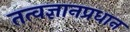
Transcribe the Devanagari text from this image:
तत्वज्ञानप्रधान